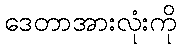
ဒေတာအားလုံးကို